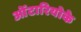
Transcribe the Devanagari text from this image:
ओंटारियोके